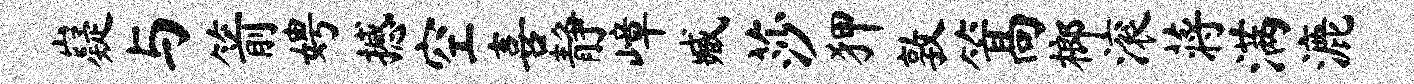
嶷与箭娉撼空喜静嶂臧莎狎敦篙榔滚蒋满漉